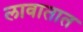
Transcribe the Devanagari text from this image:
लावातात